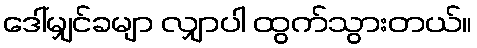
ဒေါ်မျှင်ခမျာ လျှာပါ ထွက်သွားတယ်။